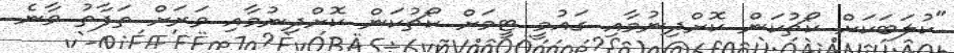
"ކުލަބަކަށް ކޯޗުކަން ކޮށްދިނުމާއި ގައުމީ ޓީމަށް ކޯޗުކަން ކޮށްދިނުމާއި ވަރަށް ތަފާތު ވާނެ.